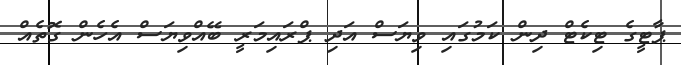
ޕާޓީގެ ޓިކެޓް ދިން ކަމުގައި ވިޔަސް އަދި ޕްރައިމަރީ ބޭއްވިޔަސް އެހެން ގޮތެއް